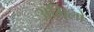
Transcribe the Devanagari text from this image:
अमिलो